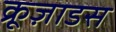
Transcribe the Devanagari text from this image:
क्रूज़ाडस